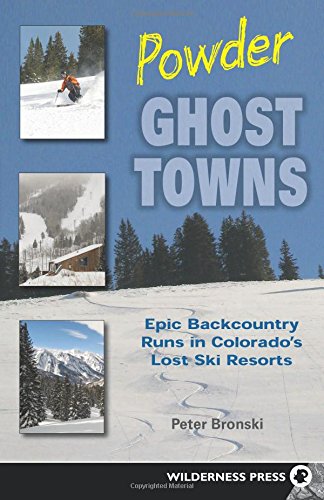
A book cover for Powder Ghost Towns: Epic Backcountry Runs in Colorado's Lost Ski Resorts; Peter Bronski; Sports & Outdoors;